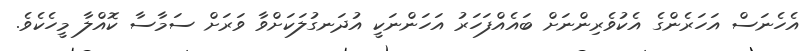
އެހެނަސް އަހަރެންގެ އެކުވެރިންނަށް ބައެއްފަހަރު އަހަންނަކީ އުދަނގުލަކަށްވާ ވަރަށް ސަމާސާ ކޮއްލާ މީހެކެވެ.